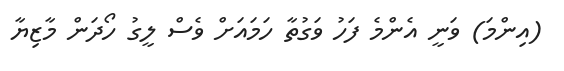
(އިންމަ) ވަނީ އެންމެ ފަހު ވަގުތާ ހަމައަށް ވެސް ލީގު ހޯދަން މާޒިޔާ